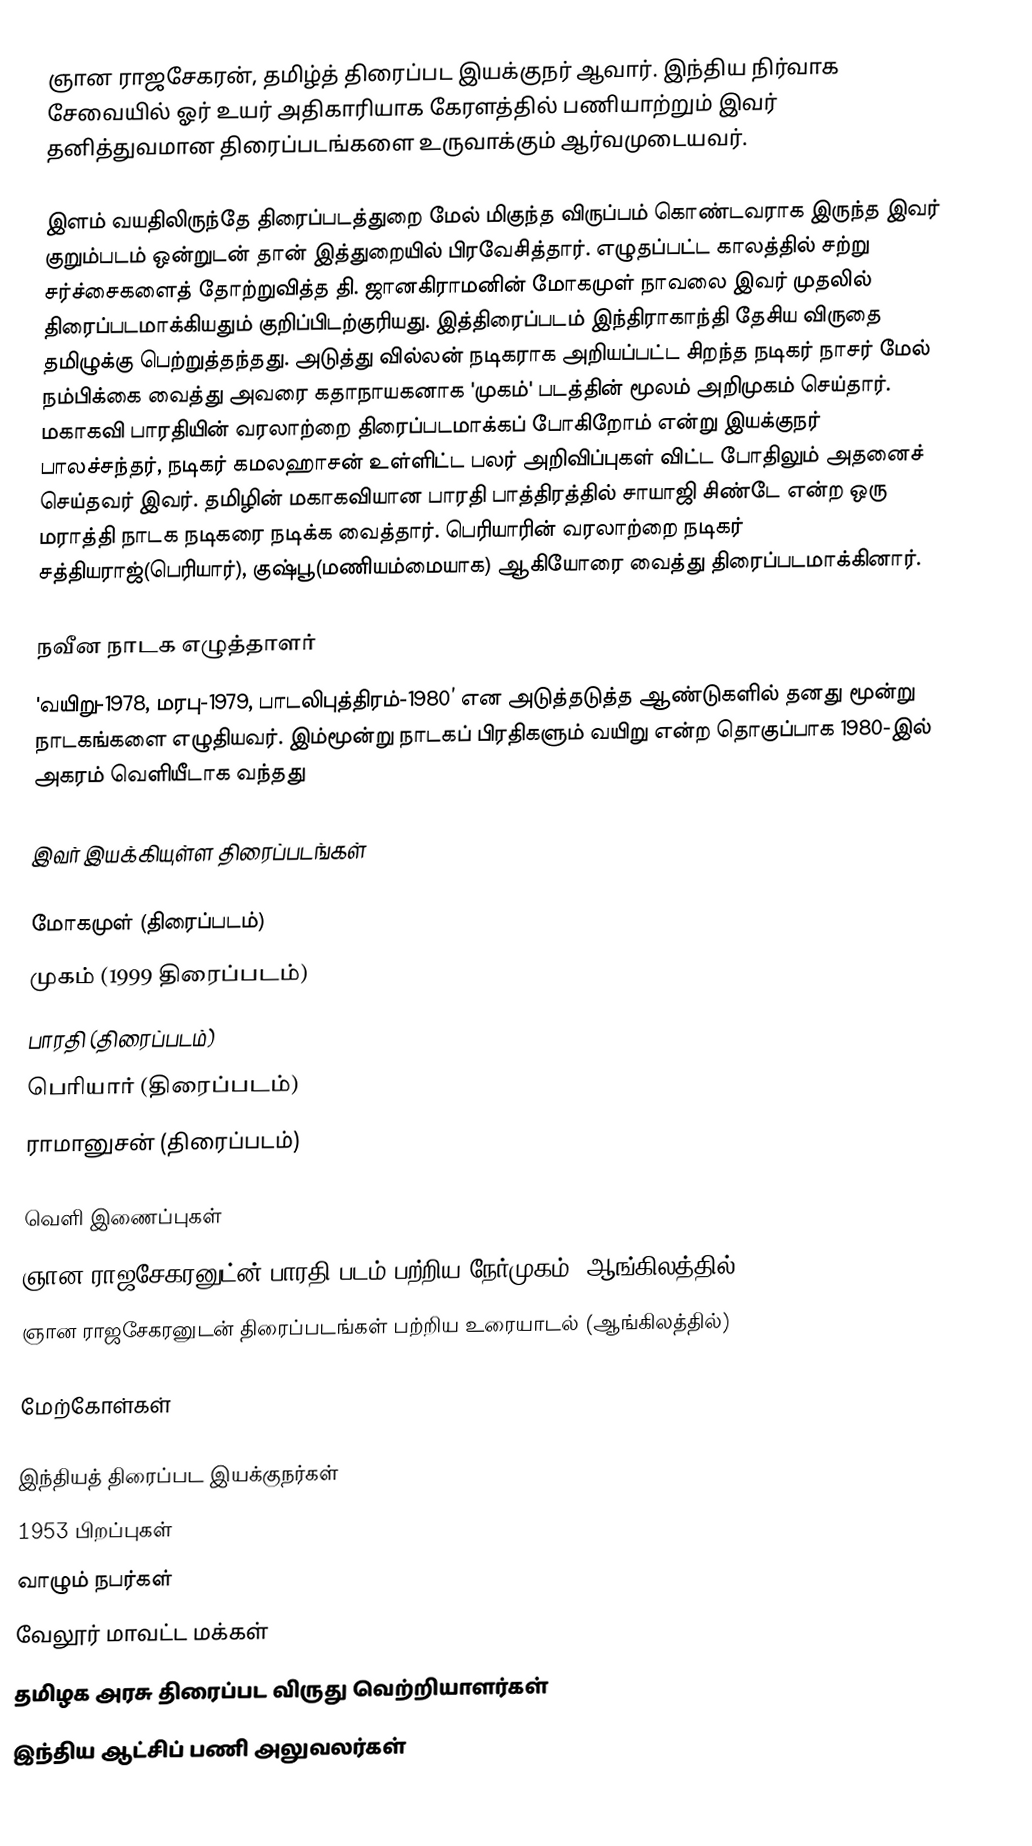
ஞான ராஜசேகரன், தமிழ்த் திரைப்பட இயக்குநர் ஆவார். இந்திய நிர்வாக சேவையில் ஓர் உயர் அதிகாரியாக கேரளத்தில் பணியாற்றும் இவர் தனித்துவமான திரைப்படங்களை உருவாக்கும் ஆர்வமுடையவர்.

இளம் வயதிலிருந்தே திரைப்படத்துறை மேல் மிகுந்த விருப்பம் கொண்டவராக இருந்த இவர் குறும்படம் ஒன்றுடன் தான் இத்துறையில் பிரவேசித்தார். எழுதப்பட்ட காலத்தில் சற்று சர்ச்சைகளைத் தோற்றுவித்த தி. ஜானகிராமனின் மோகமுள் நாவலை இவர் முதலில் திரைப்படமாக்கியதும் குறிப்பிடற்குரியது. இத்திரைப்படம் இந்திராகாந்தி தேசிய விருதை தமிழுக்கு பெற்றுத்தந்தது. அடுத்து வில்லன் நடிகராக அறியப்பட்ட சிறந்த நடிகர் நாசர் மேல் நம்பிக்கை வைத்து அவரை கதாநாயகனாக 'முகம்' படத்தின் மூலம் அறிமுகம் செய்தார். மகாகவி பாரதியின் வரலாற்றை திரைப்படமாக்கப் போகிறோம் என்று இயக்குநர் பாலச்சந்தர், நடிகர் கமலஹாசன் உள்ளிட்ட பலர் அறிவிப்புகள் விட்ட போதிலும் அதனைச் செய்தவர் இவர். தமிழின் மகாகவியான பாரதி பாத்திரத்தில் சாயாஜி சிண்டே என்ற ஒரு மராத்தி நாடக நடிகரை நடிக்க வைத்தார். பெரியாரின் வரலாற்றை நடிகர் சத்தியராஜ்(பெரியார்), குஷ்பூ(மணியம்மையாக) ஆகியோரை வைத்து திரைப்படமாக்கினார்.

நவீன நாடக எழுத்தாளர்
'வயிறு-1978, மரபு-1979, பாடலிபுத்திரம்-1980’ என அடுத்தடுத்த ஆண்டுகளில் தனது மூன்று நாடகங்களை எழுதியவர். இம்மூன்று நாடகப் பிரதிகளும் வயிறு என்ற தொகுப்பாக 1980-இல் அகரம் வெளியீடாக வந்தது

இவர் இயக்கியுள்ள திரைப்படங்கள்

 மோகமுள் (திரைப்படம்)
 முகம் (1999 திரைப்படம்)
 பாரதி (திரைப்படம்)
 பெரியார் (திரைப்படம்)
 ராமானுசன் (திரைப்படம்)

வெளி இணைப்புகள்
 ஞான ராஜசேகரனுட்ன் பாரதி படம் பற்றிய நேர்முகம் (ஆங்கிலத்தில்)
 ஞான ராஜசேகரனுடன் திரைப்படங்கள் பற்றிய உரையாடல் (ஆங்கிலத்தில்)

மேற்கோள்கள்

இந்தியத் திரைப்பட இயக்குநர்கள்
1953 பிறப்புகள்
வாழும் நபர்கள்
வேலூர் மாவட்ட மக்கள்
தமிழக அரசு திரைப்பட விருது வெற்றியாளர்கள்
இந்திய ஆட்சிப் பணி அலுவலர்கள்